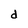
Character: d